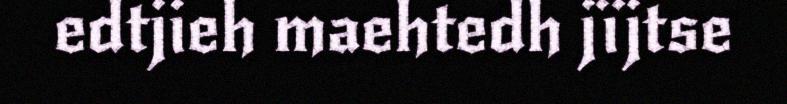
edtjieh maehtedh jïjtse